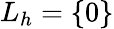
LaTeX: L_{h}=\{ 0\}